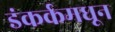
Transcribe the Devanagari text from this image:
डंकर्कमधून